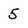
Character: 5